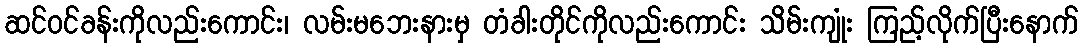
ဆင်ဝင်ခန်းကိုလည်းကောင်း၊ လမ်းမဘေးနားမှ တံခါးတိုင်ကိုလည်းကောင်း သိမ်းကျုံး ကြည့်လိုက်ပြီးနောက်